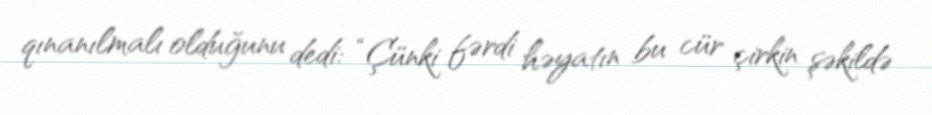
qınanılmalı olduğunu dedi: “Çünki fərdi həyatın bu cür çirkin şəkildə